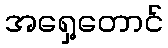
အရှေ့တောင်